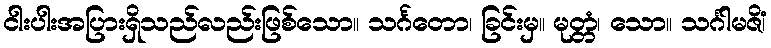
ငါးပါးအပြားရှိသည်လည်းဖြစ်သော။ သင်္ဂတော၊ ခြင်းမှ။ မုတ္တံ၊ သော။ သင်္ဂါမဇိံ၊